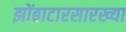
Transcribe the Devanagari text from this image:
झोंबाटारसारख्या